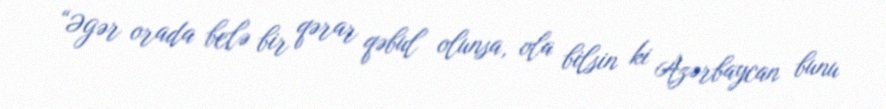
“Əgər orada belə bir qərar qəbul olunsa, ola bilsin ki Azərbaycan bunu